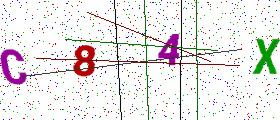
Text: C84X